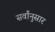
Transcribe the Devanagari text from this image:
सर्वांनुसार